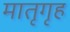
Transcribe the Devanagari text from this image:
मातृगृह